画像に写った文字を読んでください
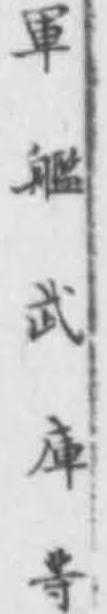
「軍艦武庫䓁」と書いてあります